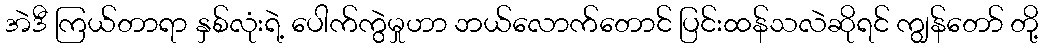
အဲဒီ ကြယ်တာရာ နှစ်လုံးရဲ့ ပေါက်ကွဲမှုဟာ ဘယ်လောက်တောင် ပြင်းထန်သလဲဆိုရင် ကျွန်တော် တို့